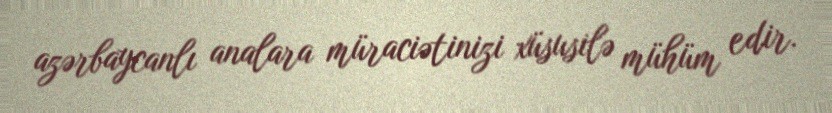
azərbaycanlı analara müraciətinizi xüsusilə mühüm edir.